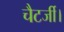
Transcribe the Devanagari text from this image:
चैटर्जी।